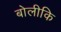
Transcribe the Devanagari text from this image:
बोलीकि